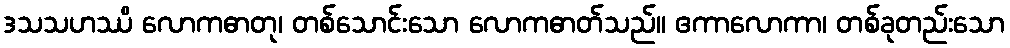
ဒသသဟဿိ လောကဓာတု၊ တစ်သောင်းသော လောကဓာတ်သည်။ ဧကာလောကာ၊ တစ်ခုတည်းသော